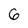
Character: 6